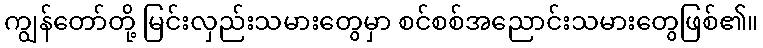
ကျွန်တော်တို့ မြင်းလှည်းသမားတွေမှာ စင်စစ်အညောင်းသမားတွေဖြစ်၏။